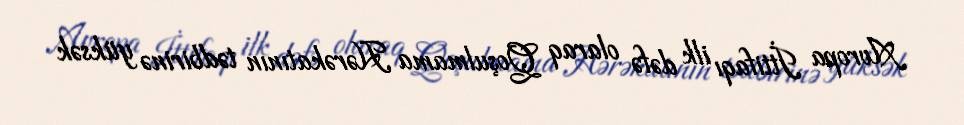
Avropa İttifaqı ilk dəfə olaraq Qoşulmama Hərəkatının tədbirinə yüksək